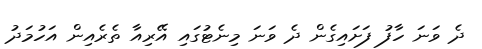
ދެ ވަނަ ހާފު ފަށައިގެން ދެ ވަނަ މިނެޓުގައި އޭރިއާ ތެރެއިން އަހުމަދު